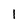
Character: 1